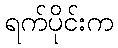
ရက်ပိုင်းက